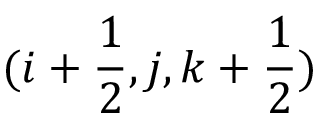
( i + \frac { 1 } { 2 } , j , k + \frac { 1 } { 2 } )